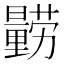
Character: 𲇃